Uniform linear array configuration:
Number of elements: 8
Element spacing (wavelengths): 1
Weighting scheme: hann
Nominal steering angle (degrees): -60
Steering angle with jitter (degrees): -60.534
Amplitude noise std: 0.05
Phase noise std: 0.05

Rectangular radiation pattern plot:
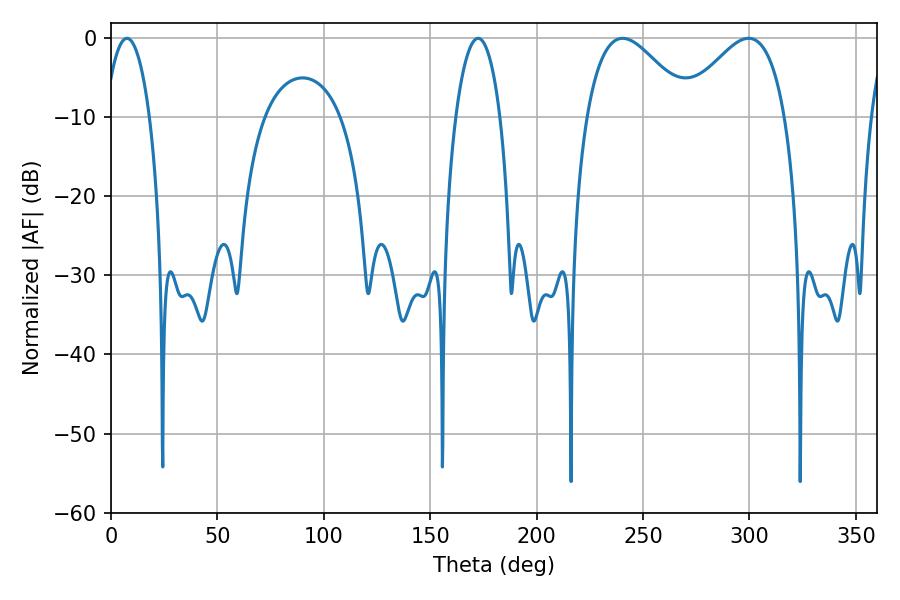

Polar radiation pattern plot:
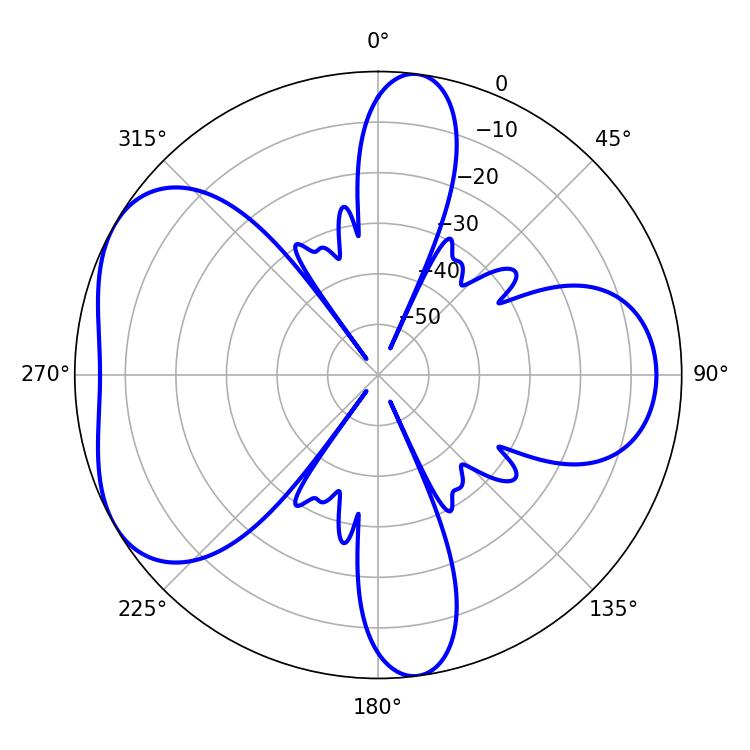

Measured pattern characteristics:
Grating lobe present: TRUE
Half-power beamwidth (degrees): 26.1
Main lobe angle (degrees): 240.48